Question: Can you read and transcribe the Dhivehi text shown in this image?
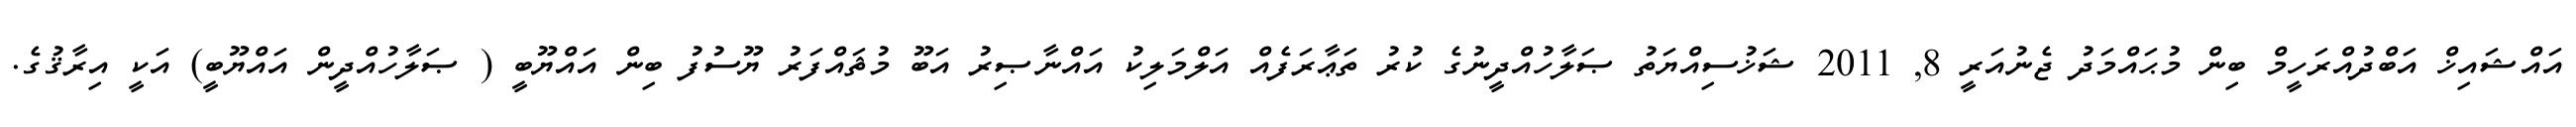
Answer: އައްޝައިޚް އަބްދުއްރަހީމް ބިން މުޙައްމަދު ޖެނުއަރީ 8, 2011 ޝަޚުސިއްޔަތު ޞަލާހުއްދީނުގެ ކުރު ތަޢާރަފެއް އަލްމަލިކު އައްނާޞިރު އަބޫ މުޘައްފަރު ޔޫސުފު ބިން އައްޔޫބީ ( ޞަލާހުއްދީން އައްޔޫބީ) އަކީ އިރާޤުގެ.